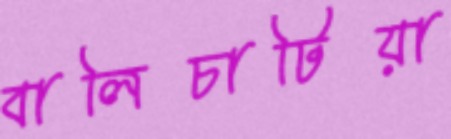
বালিচাটিয়া